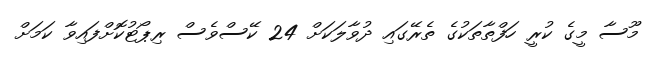
މޫސާ މީގެ ކުރީ ހަފްތާތަކުގެ ތެރޭގައި ދުވާލަކަށް 24 ކޭސްވެސް ރިޕޯޓުކޮށްފައިވާ ކަމަށް